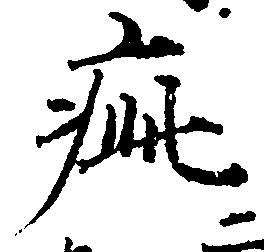
疵